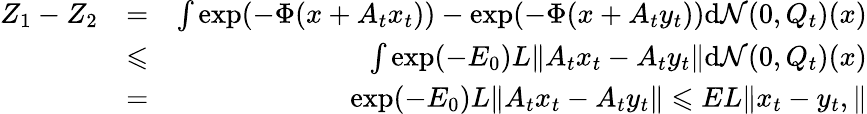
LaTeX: \begin{array}{rlr}{Z_{1}-Z_{2}}&{=}&{\int\exp(-\Phi(x+A_{t}x_{t}))-\exp(-\Phi(x+A_{t}y_{t}))\mathrm{d}\mathcal{N}(0,Q_{t})(x)}\\ &{\leqslant}&{\int\exp(-E_{0})L\| A_{t}x_{t}-A_{t}y_{t}\| \mathrm{d}\mathcal{N}(0,Q_{t})(x)}\\ &{=}&{\exp(-E_{0})L\| A_{t}x_{t}-A_{t}y_{t}\| \leqslant EL\| x_{t}-y_{t},\| }\end{array}